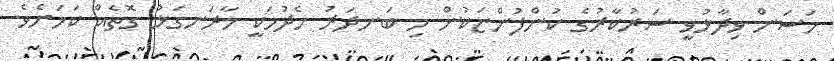
ހަސަން ވިދާޅުވީ ސަރުކާރުގެ ކުންފުންޏަކުން މި ބަނދަރު ހެދުމަކީ މާރަނގަޅު ގޮތެއް ކަމަށެވެ.